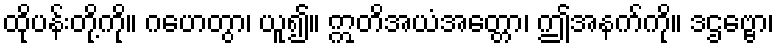
ထိုပန်းတို့ကို။ ဂဟေတွာ၊ ယူ၍။ ဣတိအယံအတ္တော၊ ဤအနက်ကို။ ဒဌဗ္ဗော၊